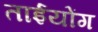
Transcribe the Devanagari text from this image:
ताईयोंग